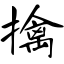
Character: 擒